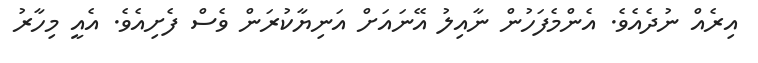
އިރެއް ނުދެއެވެ. އެންމެފަހުން ނާއިލު އޭނައަށް އަނިޔާކުރަން ވެސް ފެށިއެވެ. އެއީ މިހާރު